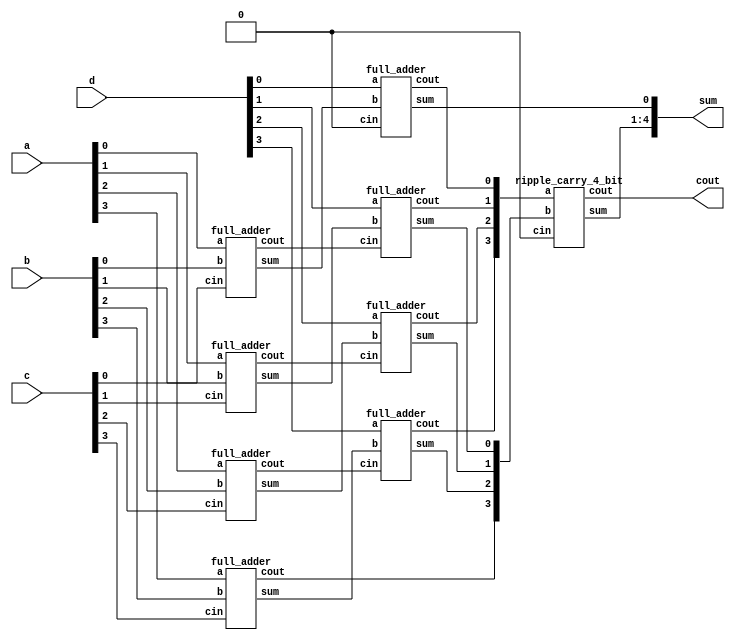
module carry_save_adder(a,b,c,d, sum,cout);
  input [3:0] a, b,c,d;
output [4:0] sum;
output cout;
 
wire [3:0] s0,s1;
  wire [3:0] c0, c1;
 
//1st Statge
full_adder fa0( .a(a[0]), .b(b[0]), .cin(c[0]), .sum(s0[0]), .cout(c0[0]));
full_adder fa1( .a(a[1]), .b(b[1]), .cin(c[1]), .sum(s0[1]), .cout(c0[1]));
full_adder fa2( .a(a[2]), .b(b[2]), .cin(c[2]), .sum(s0[2]), .cout(c0[2]));
full_adder fa3( .a(a[3]), .b(b[3]), .cin(c[3]), .sum(s0[3]), .cout(c0[3]));
 
//2nd Stage
full_adder fa4( .a(d[0]), .b(s0[0]), .cin(1'b0), .sum(sum[0]), .cout(c1[0]));
full_adder fa5( .a(d[1]), .b(s0[1]), .cin(c0[0]), .sum(s1[0]), .cout(c1[1]));
full_adder fa6( .a(d[2]), .b(s0[2]), .cin(c0[1]), .sum(s1[1]), .cout(c1[2]));
full_adder fa7( .a(d[3]), .b(s0[3]), .cin(c0[2]), .sum(s1[2]), .cout(c1[3]));
 
 ripple_carry_4_bit rca1 (.a(c1[3:0]),.b({c0[3],s1[2:0]}), .cin(1'b0),.sum(sum[4:1]), .cout(cout));
 
endmodule

 
module ripple_carry_4_bit(a, b, cin, sum, cout);
input [3:0] a,b;
input cin;
wire c1,c2,c3;
output [3:0] sum;
output cout;
 
full_adder fa0(.a(a[0]), .b(b[0]),.cin(cin), .sum(sum[0]),.cout(c1));
full_adder fa1(.a(a[1]), .b(b[1]), .cin(c1), .sum(sum[1]),.cout(c2));
full_adder fa2(.a(a[2]), .b(b[2]), .cin(c2), .sum(sum[2]),.cout(c3));
full_adder fa3(.a(a[3]), .b(b[3]), .cin(c3), .sum(sum[3]),.cout(cout));
endmodule
 
 
module full_adder(a,b,cin,sum, cout);
input a,b,cin;
output sum, cout;
wire x,y,z;
half_adder  h1(.a(a), .b(b), .sum(x), .cout(y));
half_adder  h2(.a(x), .b(cin), .sum(sum), .cout(z));
assign cout= y|z;
endmodule


module half_adder( a,b, sum, cout );
input a,b;
output sum,  cout;
assign sum= a^b;
assign cout= a & b;
endmodule